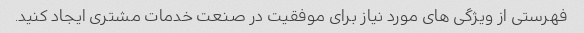
فهرستی از ویژگی های مورد نیاز برای موفقیت در صنعت خدمات مشتری ایجاد کنید.